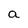
Character: a